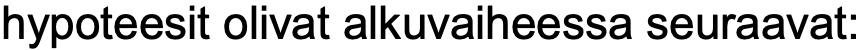
hypoteesit olivat alkuvaiheessa seuraavat: